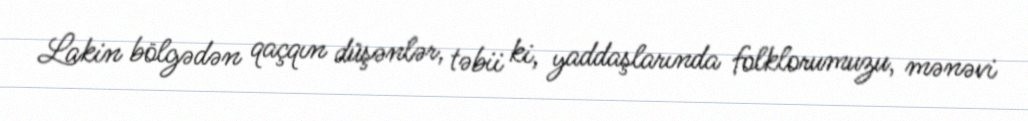
Lakin bölgədən qaçqın düşənlər, təbii ki, yaddaşlarında folklorumuzu, mənəvi